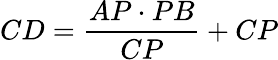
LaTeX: CD={\frac{AP\cdot PB}{CP}}+CP